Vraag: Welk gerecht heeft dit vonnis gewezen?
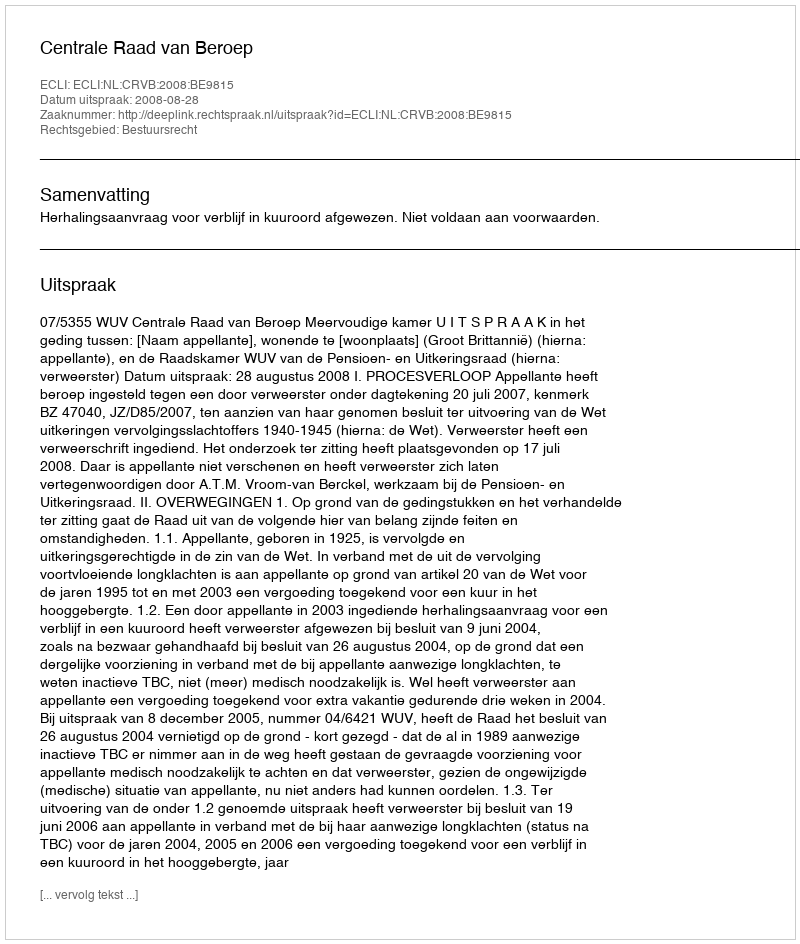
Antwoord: Centrale Raad van Beroep